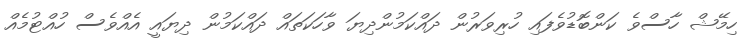
ހިމޭޝް ހާސްވެ ކަންބޮޑުވެފައި ހުރިވަރުން ދައްކަމުންދިޔަ ވާހަކަތައް ދައްކަމުން ދިޔައީ އެއްވެސް ހުއްޓުމެއް